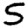
Digit: 5